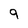
Character: 9